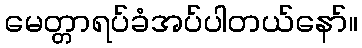
မေတ္တာရပ်ခံအပ်ပါတယ်နော်။